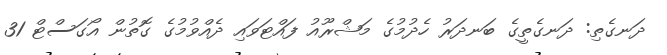
ދަނގެތި: ދަނގެތީގެ ބަނދަރު ހެދުމުގެ މަޝްރޫއު ފައްޓަވައި ދެއްވުމުގެ ގޮތުން އޯގަސްޓް 31